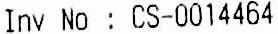
INV NO : CS-0014464